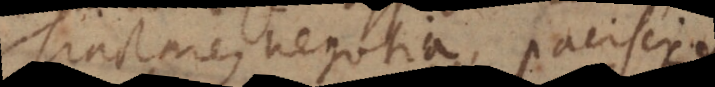
Tractare negotia, pacisci,